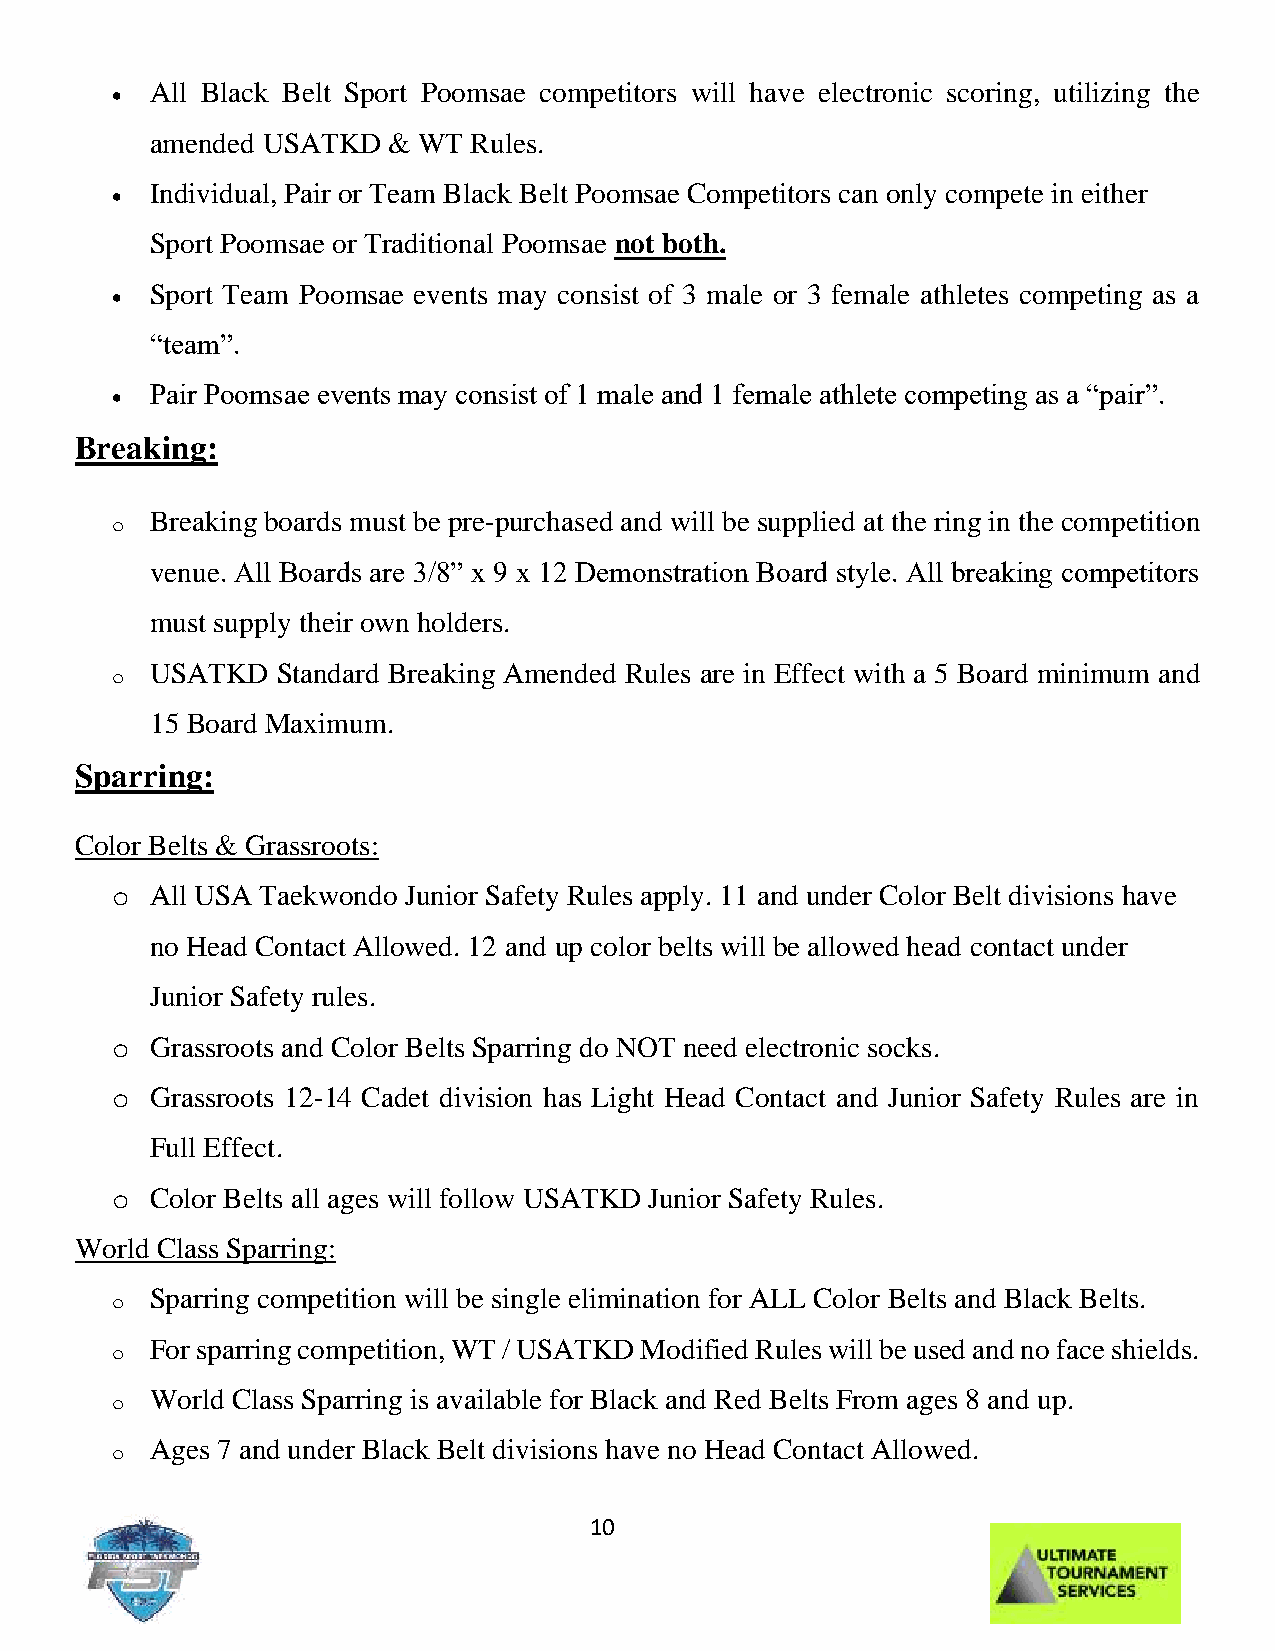
All Black Belt Sport Poomsae competitors will have electronic scoring, utilizing the
 •
 amended USATKD  & WT Rules.
 Individual, Pair or Team Black Belt Poomsae Competitors can only compete in either
 •
 Sport Poomsae or Traditional Poomsae not both.
 Sport Team Poomsae events may consist of 3 male or 3 female athletes competing as a
 •
 “team”.
 Pair Poomsae events may consist of 1 male and 1 female athlete competing as a “pair”.
 •
 Breaking:
 o  Breaking boards must be pre-purchased and will be supplied at the ring in the competition
 venue. All Boards are 3/8” x 9 x 12 Demonstration Board style. All breaking competitors
 must supply their own holders.
 o  USATKD  Standard Breaking Amended Rules are in Effect with a 5 Board minimum and
 15 Board Maximum.
 Sparring:
 Color Belts & Grassroots:
 o  All USA Taekwondo Junior Safety Rules apply. 11 and under Color Belt divisions have
 no Head Contact Allowed. 12 and up color belts will be allowed head contact under
 Junior Safety rules.
 o  Grassroots and Color Belts Sparring do NOT need electronic socks.
 o  Grassroots 12-14 Cadet division has Light Head Contact and Junior Safety Rules are in
 Full Effect.
 o  Color Belts all ages will follow USATKD Junior Safety Rules.
 World Class Sparring:
 o  Sparring competition will be single elimination for ALL Color Belts and Black Belts.
 o  For sparring competition, WT / USATKD Modified Rules will be used and no face shields.
 o  World Class Sparring is available for Black and Red Belts From ages 8 and up.
 o  Ages 7 and under Black Belt divisions have no Head Contact Allowed.
 10